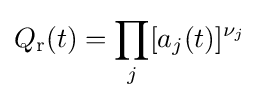
Q_{\text{r}}(t)=\prod _{j}[a_{j}(t)]^{\nu _{j}}